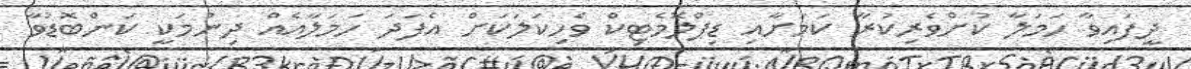
ދީފައިވާ ހަމަލާ ކުށްވެރިކުރާ ކަމަށާއި ޑިޕްލޮމެޓިކް ވެހިކަލަކަށް އެފަދަ ހަމަލާއެއް ދިނުމަކީ ކަންބޮޑުވާ